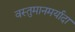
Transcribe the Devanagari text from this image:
वस्तुमानमर्यादा